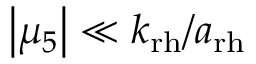
\left| \mu _ { 5 } \right| \ll k _ { \mathrm { r h } } / a _ { \mathrm { r h } }